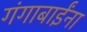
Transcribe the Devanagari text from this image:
गंगाबाईंना